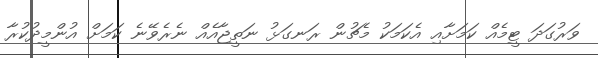
ވަރުގަދަ ޓީމެއް ކަމަށާއި އެކަމަކު މެޗުން ރަނގަޅު ނަތީޖާއެއް ނެރެވޭނެ ކަމަށް އުންމީދުކުރާ